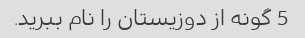
5 گونه از دوزیستان را نام ببرید.